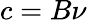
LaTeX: c=B\nu